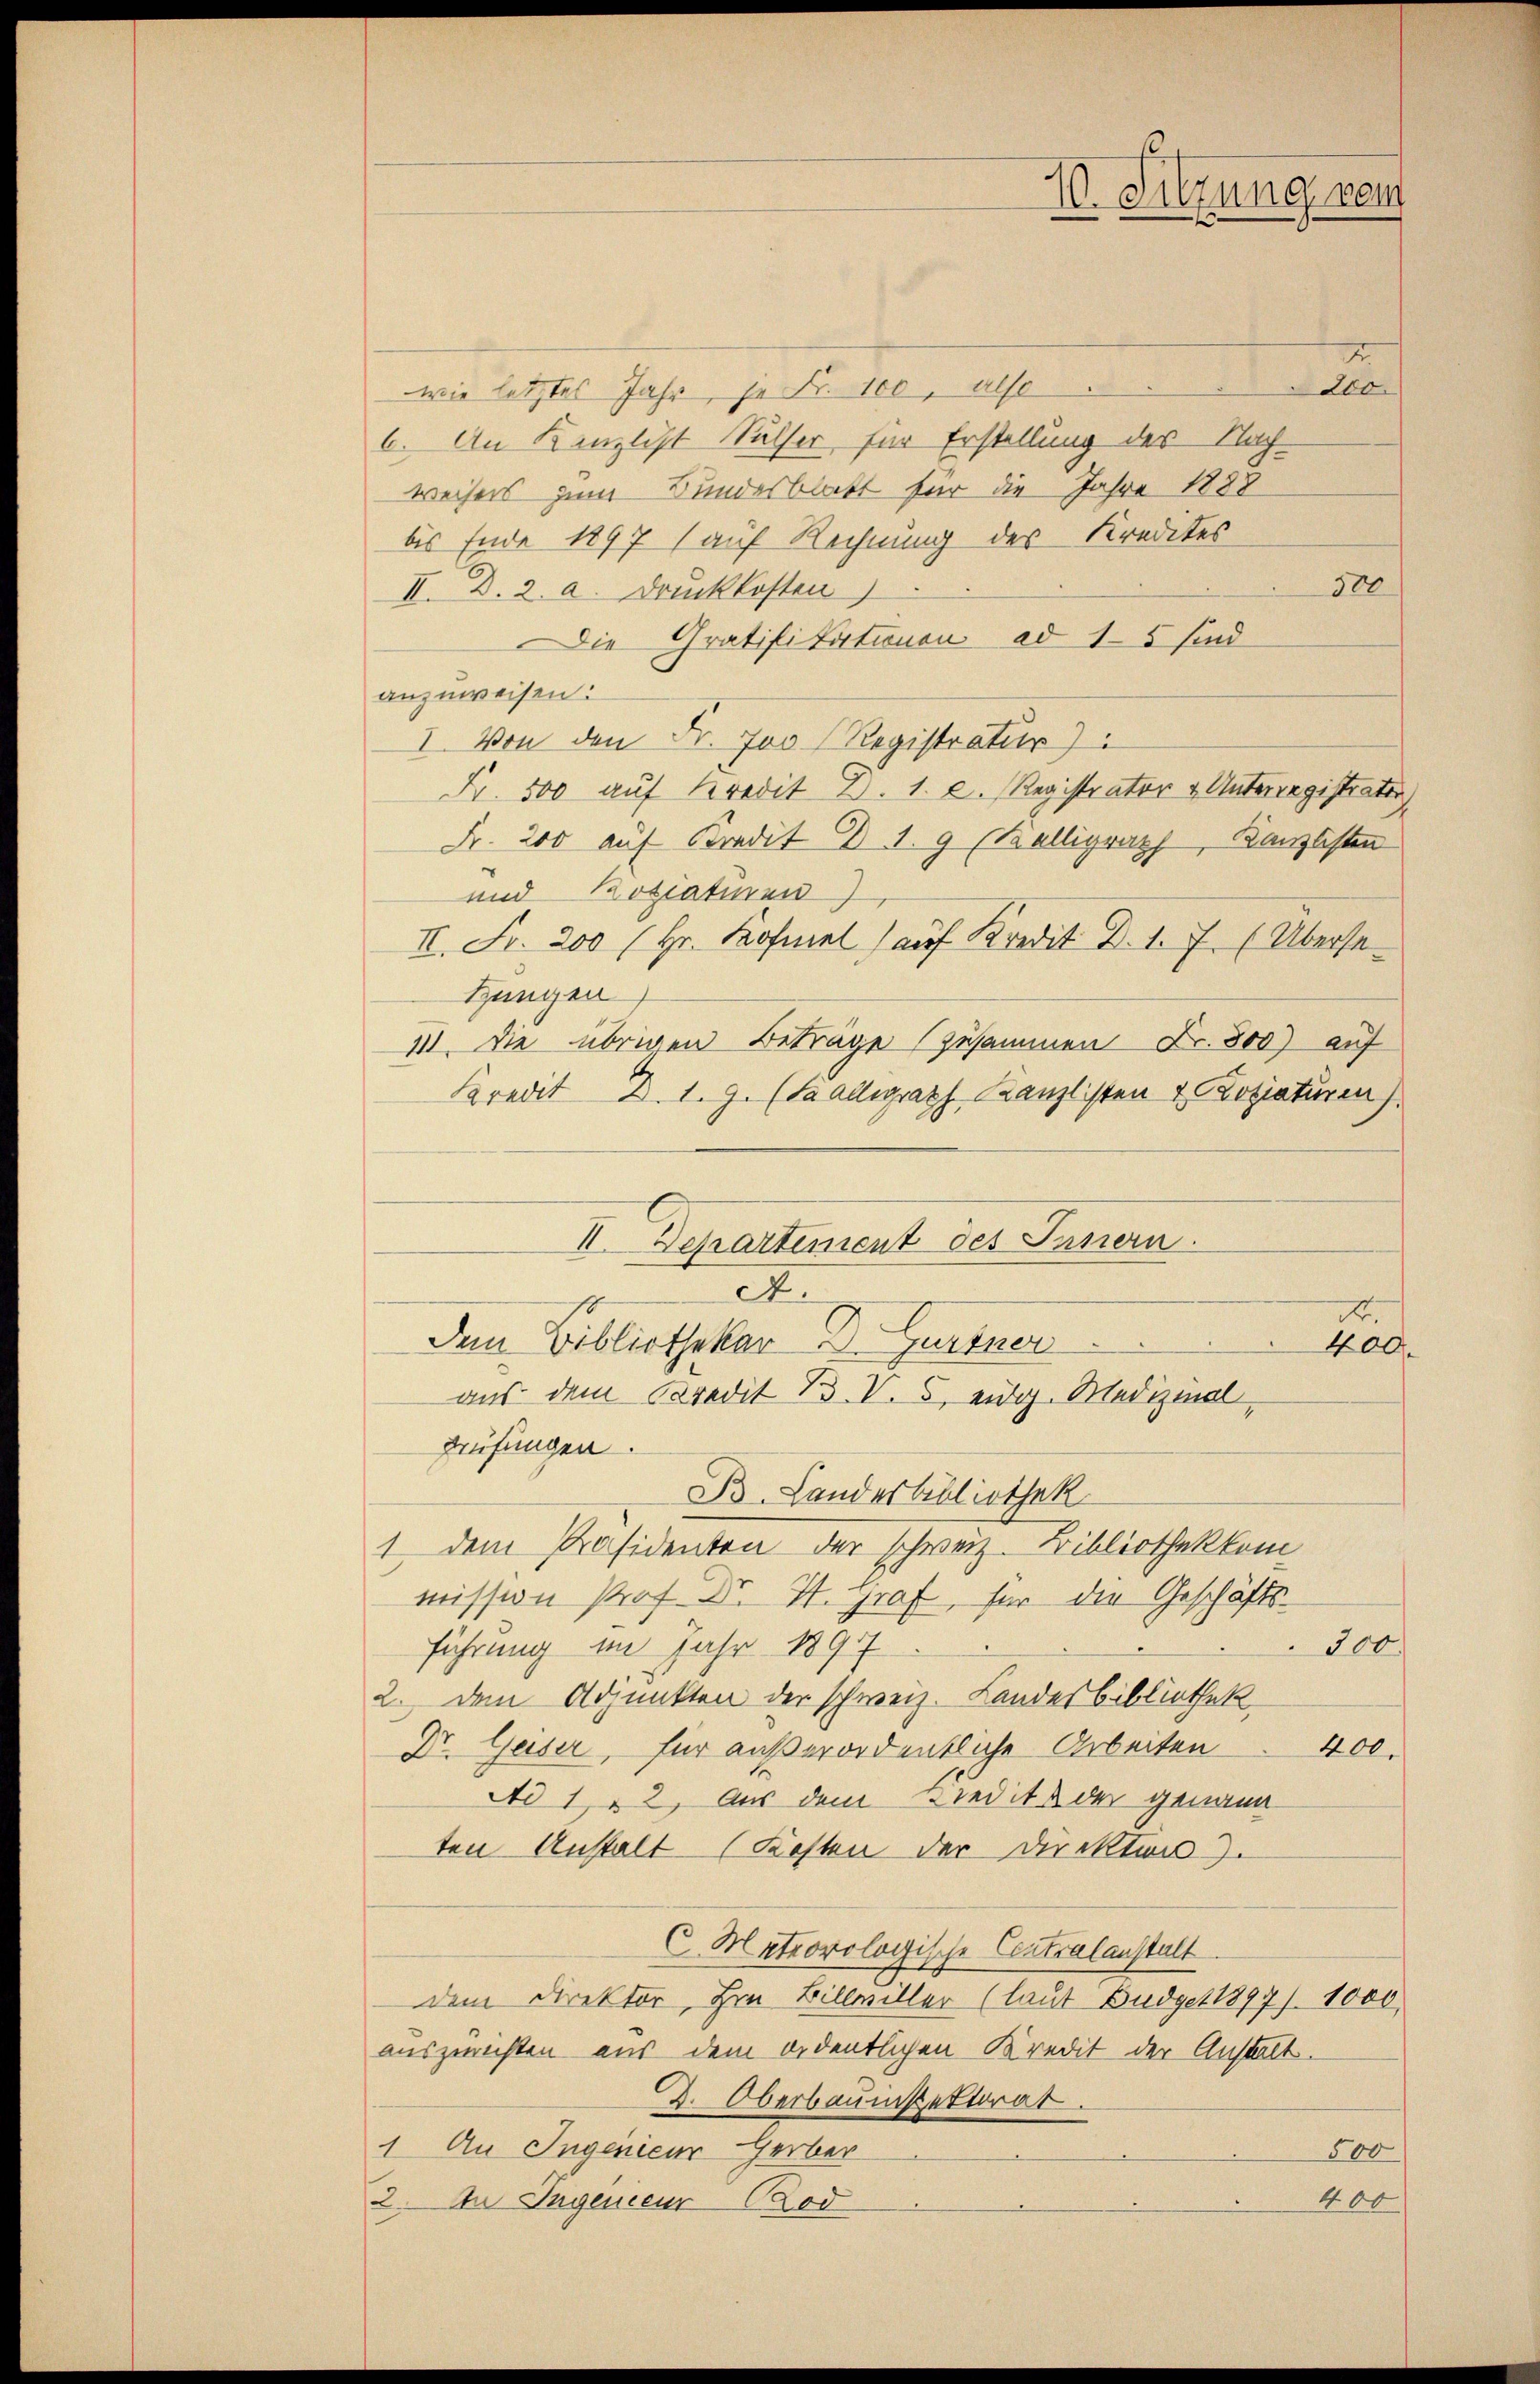
200.
wie letztes Jahr, je Fr. 100, also
6. An Kanzlist Sulser für Erstellung des Nachweisers zum Bundesblatt für die Jahre 1888
bis Ende 1897 (auf Rechnung des Kredites
300
II. D. 2. a. Druckkosten)
Die Gratifikationen ad 15 sind
anzuweisen:
I. Von den Fr. Jo0 Registratur)
Fr. 500 auf Kredit D. 1. 2. Registrator & Unterregistrater
Fr. 200 auf Kredit C 1. 9 (Belligraph, Kanzlisten
und Botiativen)
II. Fr. 200 (Hr. Kofmel) auf Kredit D.1.7. (Überse¬
Hungen
III. Die übrigen Beträge (zusammen Fr. 800) auf
Freit d. 1. 9. (Saalligraph Kanzlisten & Lotziaturen
II. Departement des Innern.
A
u
Dem Bibliothekar Dr. Gurtner
400.
aus dem Credit 1. V. 5, eidg. Medizinal,
Prüfungen.
B. Landesbibliothek
1 dem Präsidenten der schweiz. Bibliothekkom
mission Prof. Dr. H. Graf, für die Geschäfts-
führung im Jahr 1897
300
2. dem Adjunkten der schweiz. Landesbibliothek
Dr. Guser, für außerordentliche Arbeiten
400.
Ad 1, 22. Aus dem Kredita der genann
ten Anstalt Kosten der Direktion).
C. Meteorologische Centralanstalt
dem Direktor, Hrn. Billwiller (laut Budget 1897. 1000
auszurichten aus dem ordentlichen Kredit der Anstalt.
2. Oberbauinspektorat
1. An Ingenieur Herber
500
2. An Ingenieur od
400

10. Sitzung vom